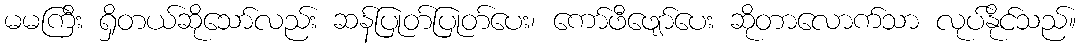
မမကြီး ရှိတယ်ဆိုသော်လည်း ဆန်ပြုတ်ပြုတ်ပေး၊ ကော်ဖီဖျော်ပေး ဆိုတာလောက်သာ လုပ်နိုင်သည်။